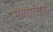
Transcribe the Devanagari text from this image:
भाषाचिंतन